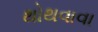
થોથવાવા